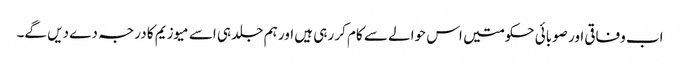
اب وفاقی اور صوبائی حکومتیں اس حوالے سے کام کر رہی ہیں اور ہم جلد ہی اسے میوزیم کا درجہ دے دیں گے۔